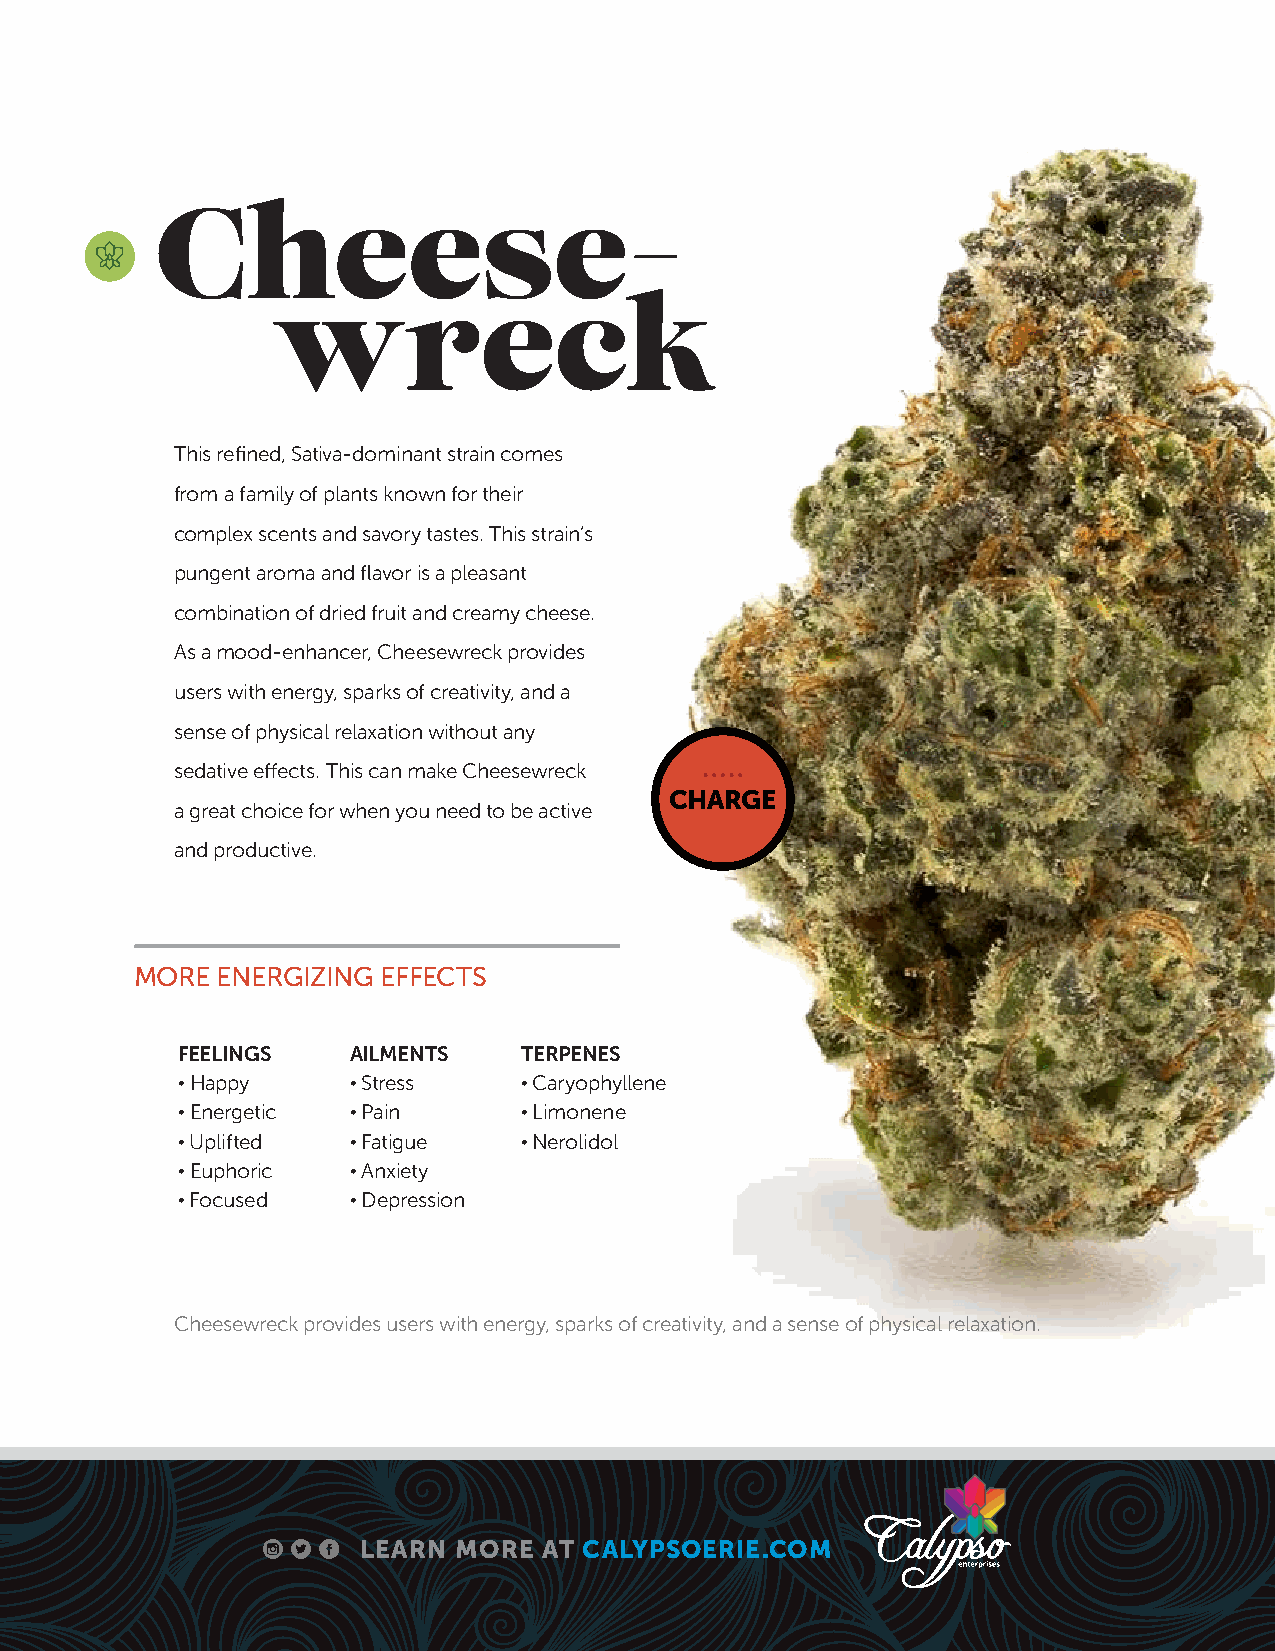
Cheese-
 wreck
 This refined, Sativa-dominant strain comes
 from a family of plants known for their
 complex scents and savory tastes. This strain’s
 pungent aroma and flavor is a pleasant
 combination of dried fruit and creamy cheese.
 As a mood-enhancer, Cheesewreck provides
 users with energy, sparks of creativity, and a
 sense of physical relaxation without any
 sedative effects. This can make Cheesewreck
 CHARGE
 a great choice for when you need to be active
 and productive.
 MORE ENERGIZING EFFECTS
 FEELINGS   AILMENTS    TERPENES
 • Happy    • Stress    • Caryophyllene
 • Energetic • Pain     • Limonene
 • Uplifted • Fatigue   • Nerolidol
 • Euphoric • Anxiety
 • Focused  • Depression
 Cheesewreck provides users with energy, sparks of creativity, and a sense of physical relaxation.
 LEARN MORE  AT CALYPSOERIE.COM